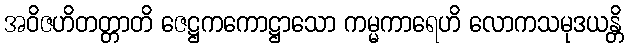
အဝိဇဟိတတ္တာတိ ဇေဋ္ဌကကောဋ္ဌာသော ကမ္မကာရေဟိ လောကသမုဒယန္တိ